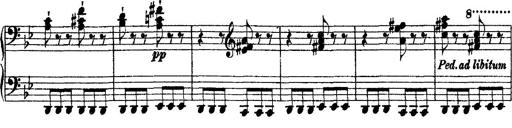
Title: 2 KonzertetÃ¼den
Composer: Franz Liszt